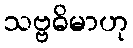
သဗ္ဗဓိမာဟု